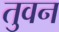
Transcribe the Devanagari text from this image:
तुवन